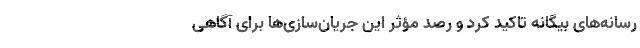
رسانه‌های بیگانه تاکید کرد و رصد مؤثر این جریان‌سازی‌ها برای آگاهی